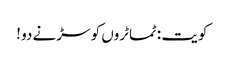
کویت : ٹماٹروں کو سڑنے دو !